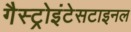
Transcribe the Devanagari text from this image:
गैस्ट्रोइंटेसटाइनल